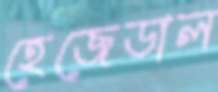
হেজেডাল